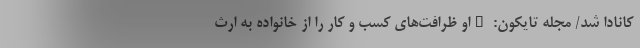
کانادا شد/ مجله تایکون: "او ظرافت‌های کسب و کار را از خانواده به ارث